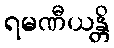
ရမဏီယန္တိ